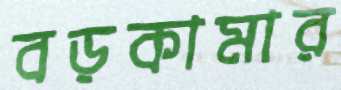
বড়কামার